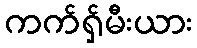
ကက်ရှ်မီးယား